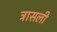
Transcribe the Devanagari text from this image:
त्रासली